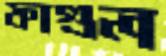
ফাগুল